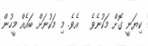
ކިޔަނީ ގޮށް މަކުނެވެ   އެވެ. މި މަކުނަށް ބައެއް މީހުން